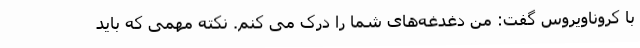
با کروناویروس گفت: من دغدغه‌های شما را درک می کنم. نکته مهمی که باید